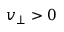
v _ { \perp } > 0